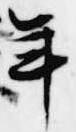
年